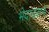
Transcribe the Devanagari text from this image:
भेदावरून